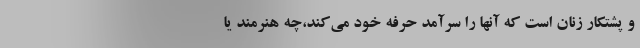
و پشتکار زنان است که آنها را سرآمد حرفه‌ خود می‌کند،چه هنرمند یا